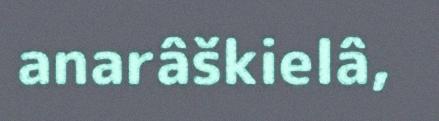
anarâškielâ,